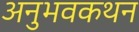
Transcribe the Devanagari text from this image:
अनुभवकथन